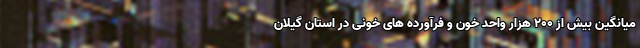
میانگین بیش از ۲۰۰ هزار واحد خون و فرآورده های خونی در استان گیلان